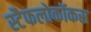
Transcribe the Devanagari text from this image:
स्टैफलोकॉकस